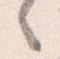
之